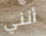
أنني